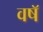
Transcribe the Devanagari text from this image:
वषॅ